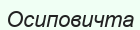
Осиповичта